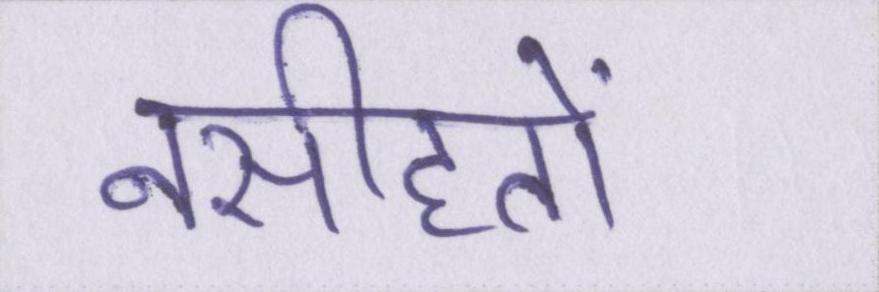
नसीहतों